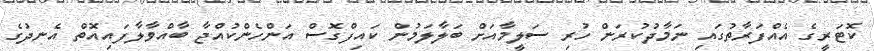
ކޮޓަރީގެ އެއްފަރާތުގައި ނަމާދުކުރަން ހުރި ސަލީމާއަށް ބަލާލަމުން ކައިފްގޮސް އަންހެންކުއްޖާ ބާއްވާލާފައިއޮތް އެނދުގެ